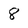
Character: 8